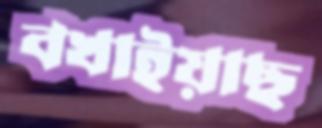
বখাইয়াছ